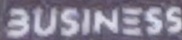
BUSINESS